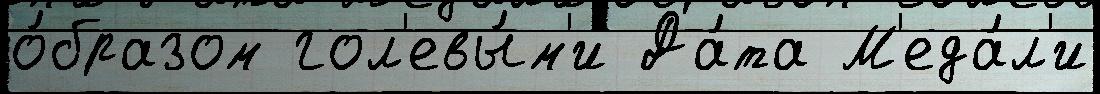
о́бразом гол'евы́м'и Да́та М'еда́л'и